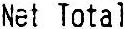
NET TOTAL